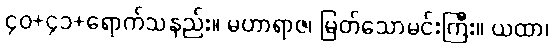
၄၀+၄၁+ရောက်သနည်း။ မဟာရာဇ၊ မြတ်သောမင်းကြီး။ ယထာ၊